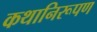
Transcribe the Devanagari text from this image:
कथानिरूपण